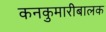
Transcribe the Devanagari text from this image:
कनकुमारीबालक